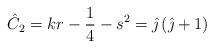
LaTeX: \begin{align*}\hat{C}_{2}=kr-\frac{1}{4}-s^{2}=\hat{\jmath}\left( \hat{\jmath}+1\right)\end{align*}